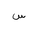
Letter: _sin